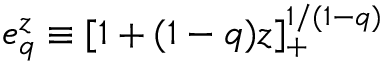
e _ { q } ^ { z } \equiv [ 1 + ( 1 - q ) z ] _ { + } ^ { 1 / ( 1 - q ) }